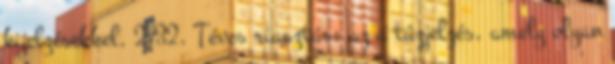
kijelzésekkel. 2.32. Téves riasztás: az a tûzjelzés, amely olyan